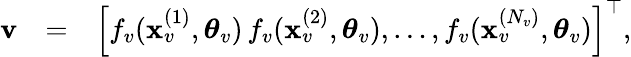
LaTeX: \begin{array}{rlr}{{\mathbf v}}&{=}&{\left[f_{v}(\mathbf{x}_{v}^{(1)},\boldsymbol{\theta}_{v})\, f_{v}(\mathbf{x}_{v}^{(2)},\boldsymbol{\theta}_{v}),\dots,f_{v}(\mathbf{x}_{v}^{({N_{v}})},\boldsymbol{\theta}_{v})\right]^{\top},}\end{array}